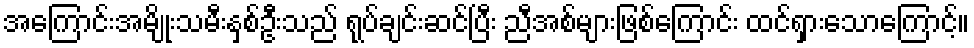
အကြောင်းအမျိုးသမီးနှစ်ဦးသည် ရုပ်ချင်းဆင်ပြီး ညီအစ်များဖြစ်ကြောင်း ထင်ရှားသောကြောင့်။